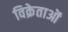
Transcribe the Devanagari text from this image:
विक्रेताऒं